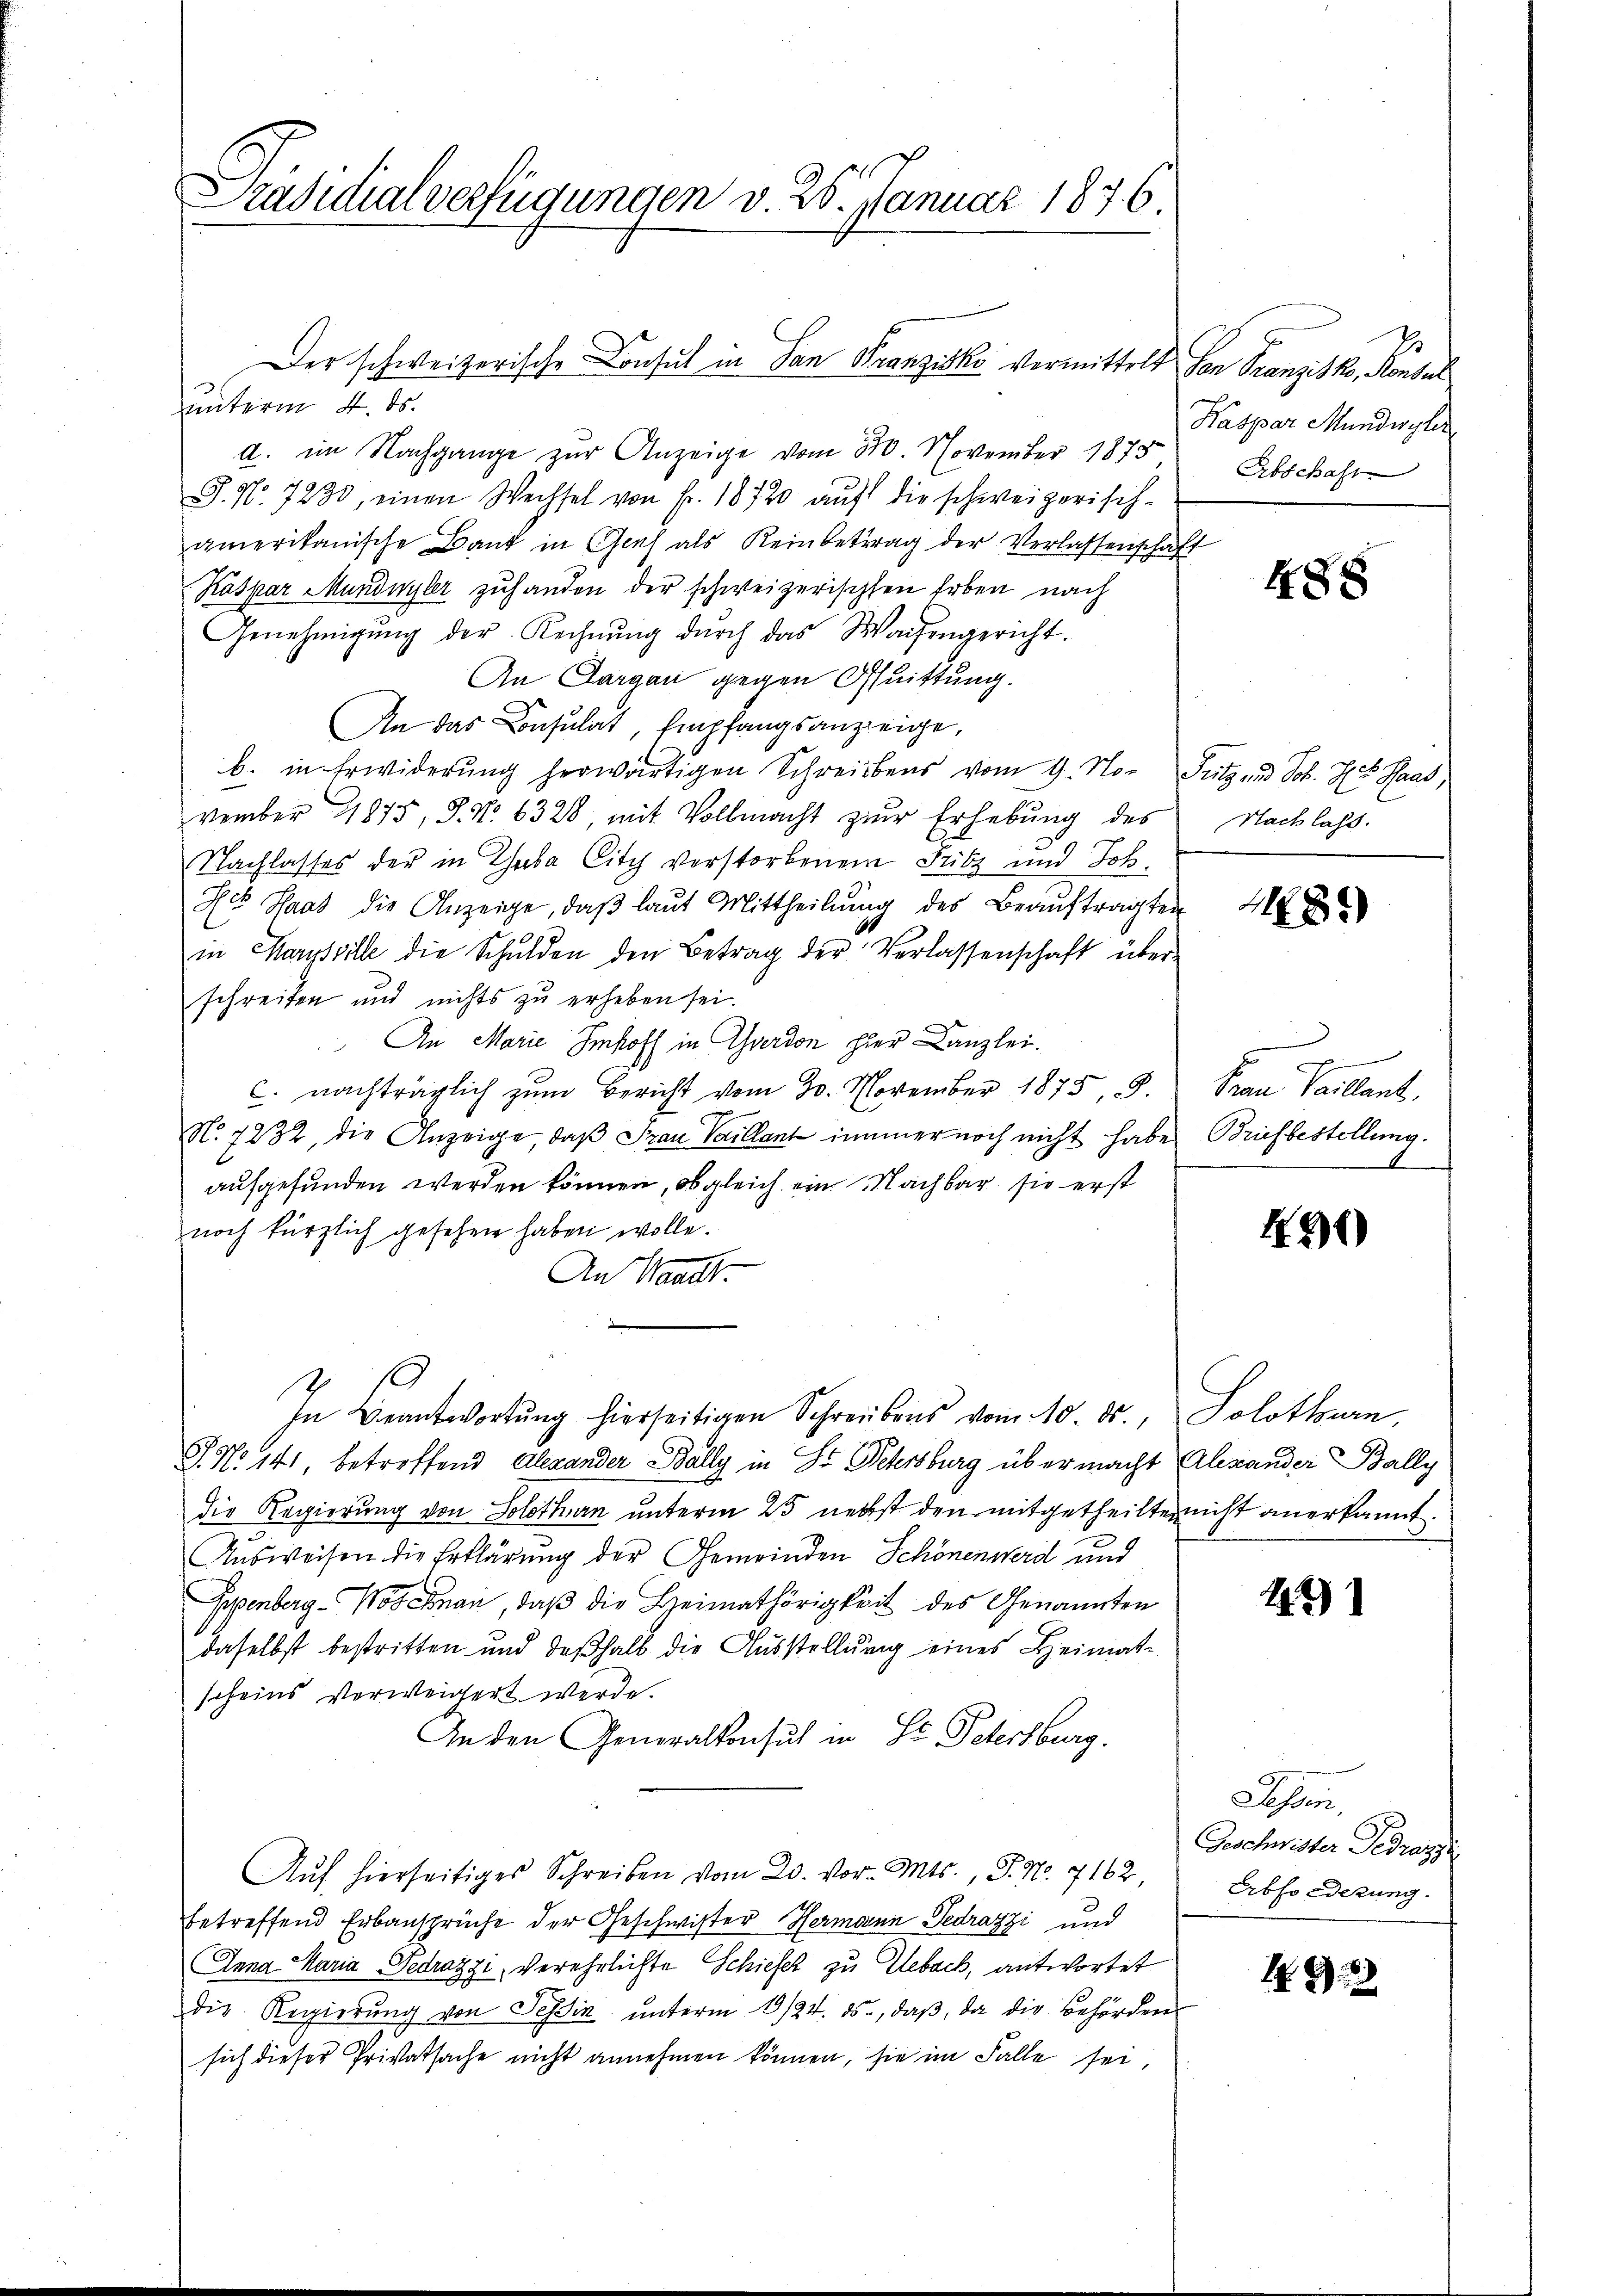
Präsidialverfügungen v. 26. Januar 1876.

Der schweizerische Consul in San Franziska vermittelt von Franzisko, Konsul

unterm 4. ds.
d. im Nachgange zur Anzeige vom 310. November 1873
J. No. 7238, einen Wechsel von Fr. 18720 aŭf die schweizerisch-
amerikanische Band in Genf als Reinbetrag der Verlassenschaft
Kaspar Mundwyler zuhanden der schweizerischen Erben nach
Genehmigŭng der Rechnŭng dŭrch das Waisengericht.
An Dargau gegen Quittung.
An das Consulat, Empfangsanzeige,
b. in Erwiderung herwärtigen Schreibens vom 9. No¬ Sutz und Joh. Hch. Haas,
vember 1875, S. No 6328, mit Vollmacht zur Erhebung des
Nachlasses der in Chabe City verstorbenem Fritz und Joh.
Leb Haas die Anzeige, daβ laŭt Mittheilung des Beaŭftragten
in Marysville die Schulden den Betrag der Verlassenschaft überschreiben und nichts zu erheben sei.
An Marie Imhoff in Gerdon hier Kanzlei.
C. nachträglich zum Bericht vom 30. November 1875, S.
No. 1232, die Anzeige, daß Frau Villant immer noch nicht habe Briefbestellung.
aufgefunden werden können, ob gleich ein Nachbar, sie erst
noch kürzlich gesehen haben wolle.
An Wand-
In Beantwortŭng hierseitigen Schreibens vom 10. ds., Solothurn,
G. No 141, betreffend Alexander Bally in Dr. Petersburg über macht Alexander Bally
die Regierung von Solothurn unterm 25. nebst den mitgetheilte nicht anerkannt.
Ausweisen die Erklärung der Gemeinden Schönenwerd und
Gpenberg-Mosnan, daß die Heimathörigkeit des Genannten
daselbst bestritten und deßhalb die Ausstellung eines Heimatscheins verweigert werde.
Anden Generalkonsul in St. Petersburg.
Aŭf hierseitiges Schreiben vom 20. vor. Mts., P. Nr. 7162,
betreffend Erbansprüche der Geschwister Hermann Fedrazzi und
Anna Maria Gedrazzi, verehrlichte Schiefer zu Gebach, antwortet
die Regierŭng von Tessin ŭnterm 10/22. ds., daβ, da die Behörden
sich dieser Privatsache nicht annehmen können, sie im Falle sei,

.
Kaspar Mundwyler
Abschaft

488

Nach lass.

G

1182)

d
Prau Vaillant

30)

22

Tessin,
Geschwister Gedrazy.
Erbforderung.

192